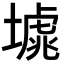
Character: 𡐸